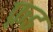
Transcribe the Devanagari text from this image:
फ़्रड